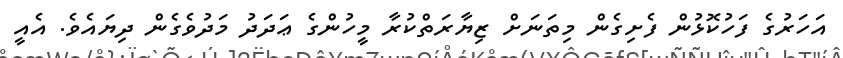
އަހަރުގެ ފަހުކޮޅުން ފެށިގެން މިތަނަށް ޒިޔާރަތްކުރާ މީހުންގެ ޢަދަދު މަދުވެގެން ދިޔައެވެ. އެއީ